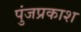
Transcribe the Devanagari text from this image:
पुंजप्रकाश